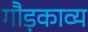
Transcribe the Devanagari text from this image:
गौड़काव्य